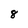
Character: 8